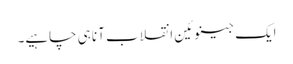
ایک جینوئین انقلاب آنا ہی چاہیے۔